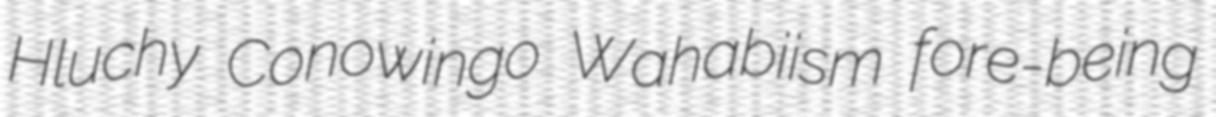
Hluchy Conowingo Wahabiism fore-being